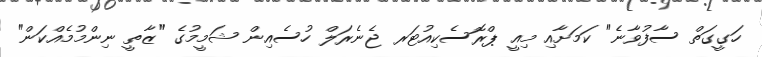
ހަގީގަތް ސާފުވާނެ" ކަމަށާއި މިއީ ޕްރޮސެކިއުޓަރ ޖެނެރަލް ހުސެއިން ޝަމީމުގެ "ޒާތީ ނިންމުމެއްކަން"